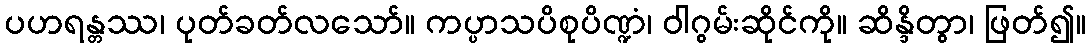
ပဟရန္တဿ၊ ပုတ်ခတ်လသော်။ ကပ္ပာသပိစုပိဏ္ဍံ၊ ဝါဂွမ်းဆိုင်ကို။ ဆိန္ဒိတွာ၊ ဖြတ်၍။